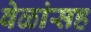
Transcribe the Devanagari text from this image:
वेळांसह